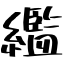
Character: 繿